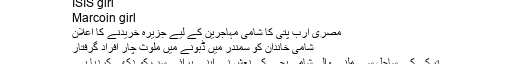
ISIS girl
Marcoin girl
مصری ارب پتی کا شامی مہاجرین کے لیے جزیرہ خریدنے کا اعلان
شامی خاندان کو سمندر میں ڈبونے میں ملوث چار افراد گرفتار
تُرکی کے ساحل سے ملنے والی شامی بچے کی نعش نے اپنے پرائے سب کو دکھی کردیا ہے۔